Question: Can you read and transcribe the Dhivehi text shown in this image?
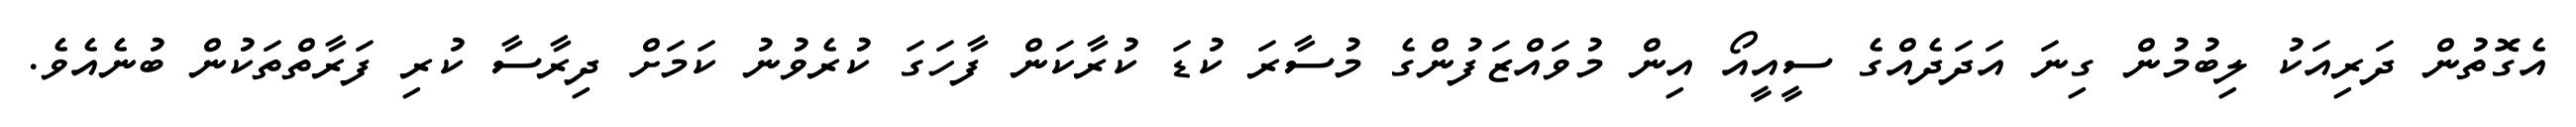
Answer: އެގޮތުން ދަރިއަކު ލިބުމުން ގިނަ އަދަދެއްގެ ސީއީއޯ އިން މުވައްޒަފުންގެ މުސާރަ ކުޑަ ކުރާކަން ފާހަގަ ކުރެވުނު ކަމަށް ދިރާސާ ކުރި ފަރާތްތަކުން ބުނެއެވެ.